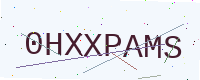
Text: 0HXXPAMS